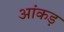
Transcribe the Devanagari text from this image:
आंकड़